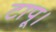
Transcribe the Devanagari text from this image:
टापू।